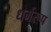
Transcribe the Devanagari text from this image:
धर्मरूप